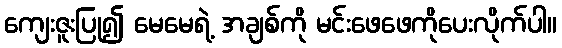
ကျေးဇူးပြု၍ မေမေရဲ့ အချစ်ကို မင်းဖေဖေကိုပေးလိုက်ပါ။